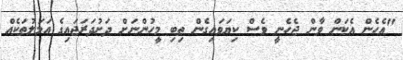
"އެހެން އެކަން ވާން ޖެހެނީ ވެސް ކިޔަވައިގެން ތިބި މީހުންނަށް ދަށުދަރަޖައިގެ އަމަލުތަކެއް